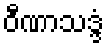
ဝီဏာသဒ္ဒံ